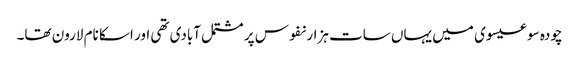
چودہ سو عیسوی میں یہاں سات ہزار نفوس پر مشتمل آبادی تھی اور اسکا نام لارون تھا۔